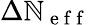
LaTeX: \Delta\mathbb{N}_{\mathrm{{~e~f~f~}}}